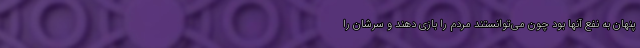
پنهان به نفع آنها بود چون می‌توانستند مردم را بازی دهند و سرشان را